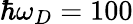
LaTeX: \hbar\omega_{D}=100